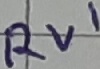
Text: RV1